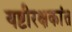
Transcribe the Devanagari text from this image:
यष्टीरक्षकांत